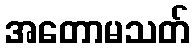
အတောမသတ်